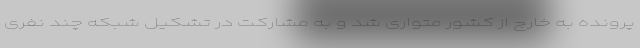
پرونده به خارج از کشور متواری شد و به مشارکت در تشکیل شبکه چند نفری